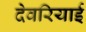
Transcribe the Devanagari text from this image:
देवरियाई